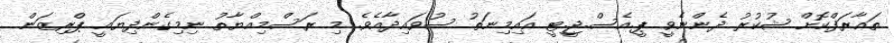
ތަޢާރަފްކޮށް ޝުކުރު ދެންނެވީ ޕީ.އެސް.ޖީ.ޓީ އައިމިނަތު ސުވައިދާއެވެ. މި ރަސްމިއްޔާތު ނިމިގެންދިޔައީ ޕްރިޒަން